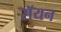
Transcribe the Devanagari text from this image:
रॉयन